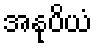
အနုပိယံ